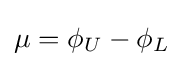
\mu =\phi _{U}-\phi _{L}